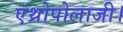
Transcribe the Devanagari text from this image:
एंथ्रोपोलाजी।